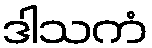
ဒါသကံ